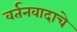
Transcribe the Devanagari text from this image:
वर्तनवादाचे